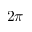
2 \pi